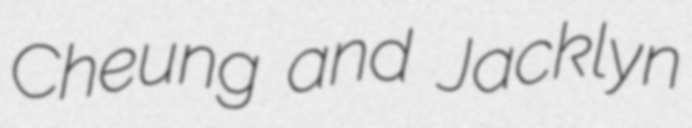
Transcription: Cheung and Jacklyn